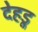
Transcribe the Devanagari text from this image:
देहडू